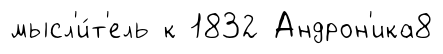
мысл'и́т'ель к 1832 Андрон'ика8